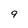
Character: 9